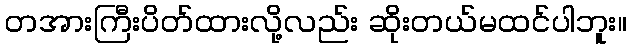
တအားကြီးပိတ်ထားလို့လည်း ဆိုးတယ်မထင်ပါဘူး။